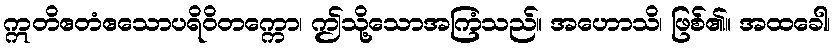
ဣတိဧတံဧသောပရိဝိတက္ကော၊ ဤသို့သောအကြံသည်။ အဟောသိ၊ ဖြစ်၏။ အထခေါ၊